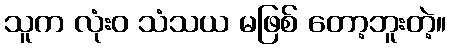
သူက လုံးဝ သံသယ မဖြစ် တော့ဘူးတဲ့။